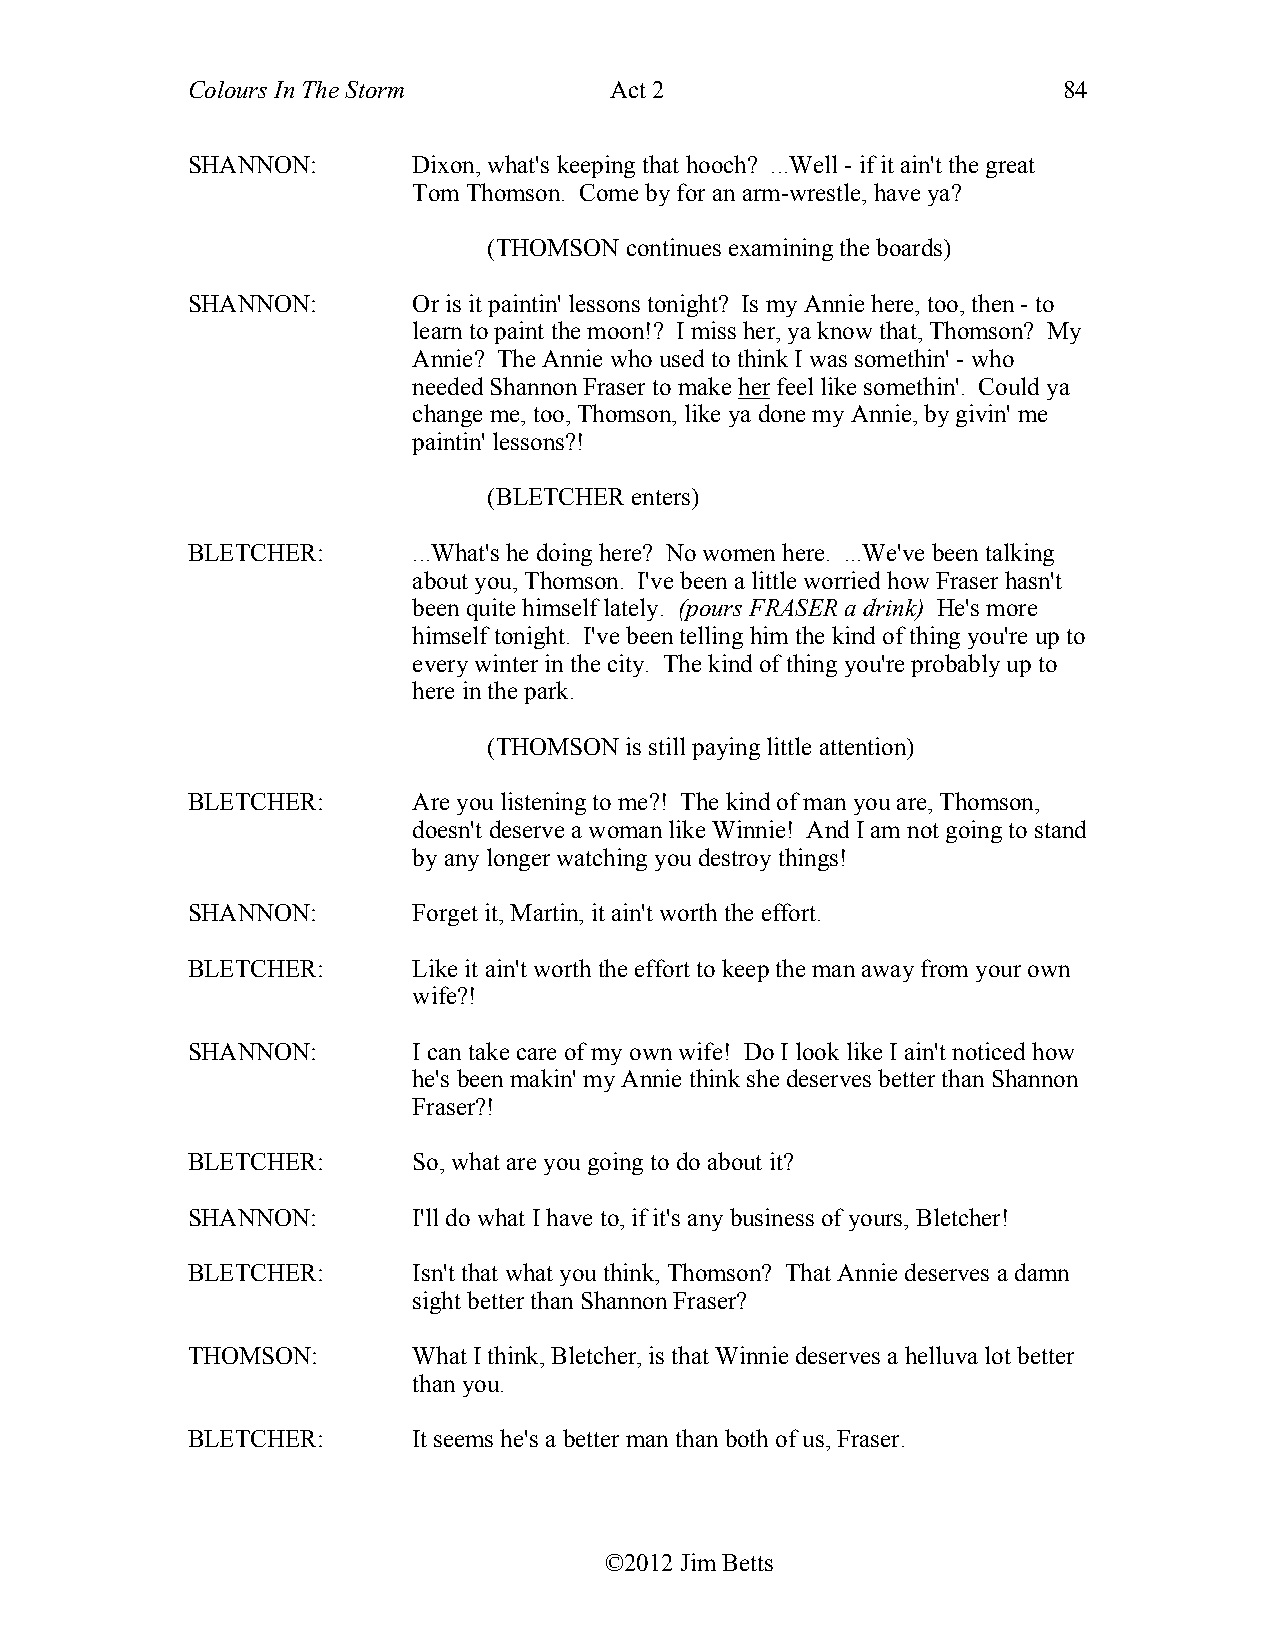
Colours In The Storm        Act 2                         84
 SHANNON:       Dixon, what's keeping that hooch? ...Well - if it ain't the great
 Tom Thomson. Come by for an arm-wrestle, have ya?
 (THOMSON continues examining the boards)
 SHANNON:       Or is it paintin' lessons tonight? Is my Annie here, too, then - to
 learn to paint the moon!? I miss her, ya know that, Thomson? My
 Annie? The Annie who used to think I was somethin' - who
 needed Shannon Fraser to make her feel like somethin'. Could ya
 change me, too, Thomson, like ya done my Annie, by givin' me
 paintin' lessons?!
 (BLETCHER enters)
 BLETCHER:      ...What's he doing here? No women here. ...We've been talking
 about you, Thomson. I've been a little worried how Fraser hasn't
 been quite himself lately. (pours FRASER a drink) He's more
 himself tonight. I've been telling him the kind of thing you're up to
 every winter in the city. The kind of thing you're probably up to
 here in the park.
 (THOMSON is still paying little attention)
 BLETCHER:      Are you listening to me?! The kind of man you are, Thomson,
 doesn't deserve a woman like Winnie! And I am not going to stand
 by any longer watching you destroy things!
 SHANNON:       Forget it, Martin, it ain't worth the effort.
 BLETCHER:      Like it ain't worth the effort to keep the man away from your own
 wife?!
 SHANNON:       I can take care of my own wife! Do I look like I ain't noticed how
 he's been makin' my Annie think she deserves better than Shannon
 Fraser?!
 BLETCHER:      So, what are you going to do about it?
 SHANNON:       I'll do what I have to, if it's any business of yours, Bletcher!
 BLETCHER:      Isn't that what you think, Thomson? That Annie deserves a damn
 sight better than Shannon Fraser?
 THOMSON:       What I think, Bletcher, is that Winnie deserves a helluva lot better
 than you.
 BLETCHER:      It seems he's a better man than both of us, Fraser.
 ©2012 Jim Betts